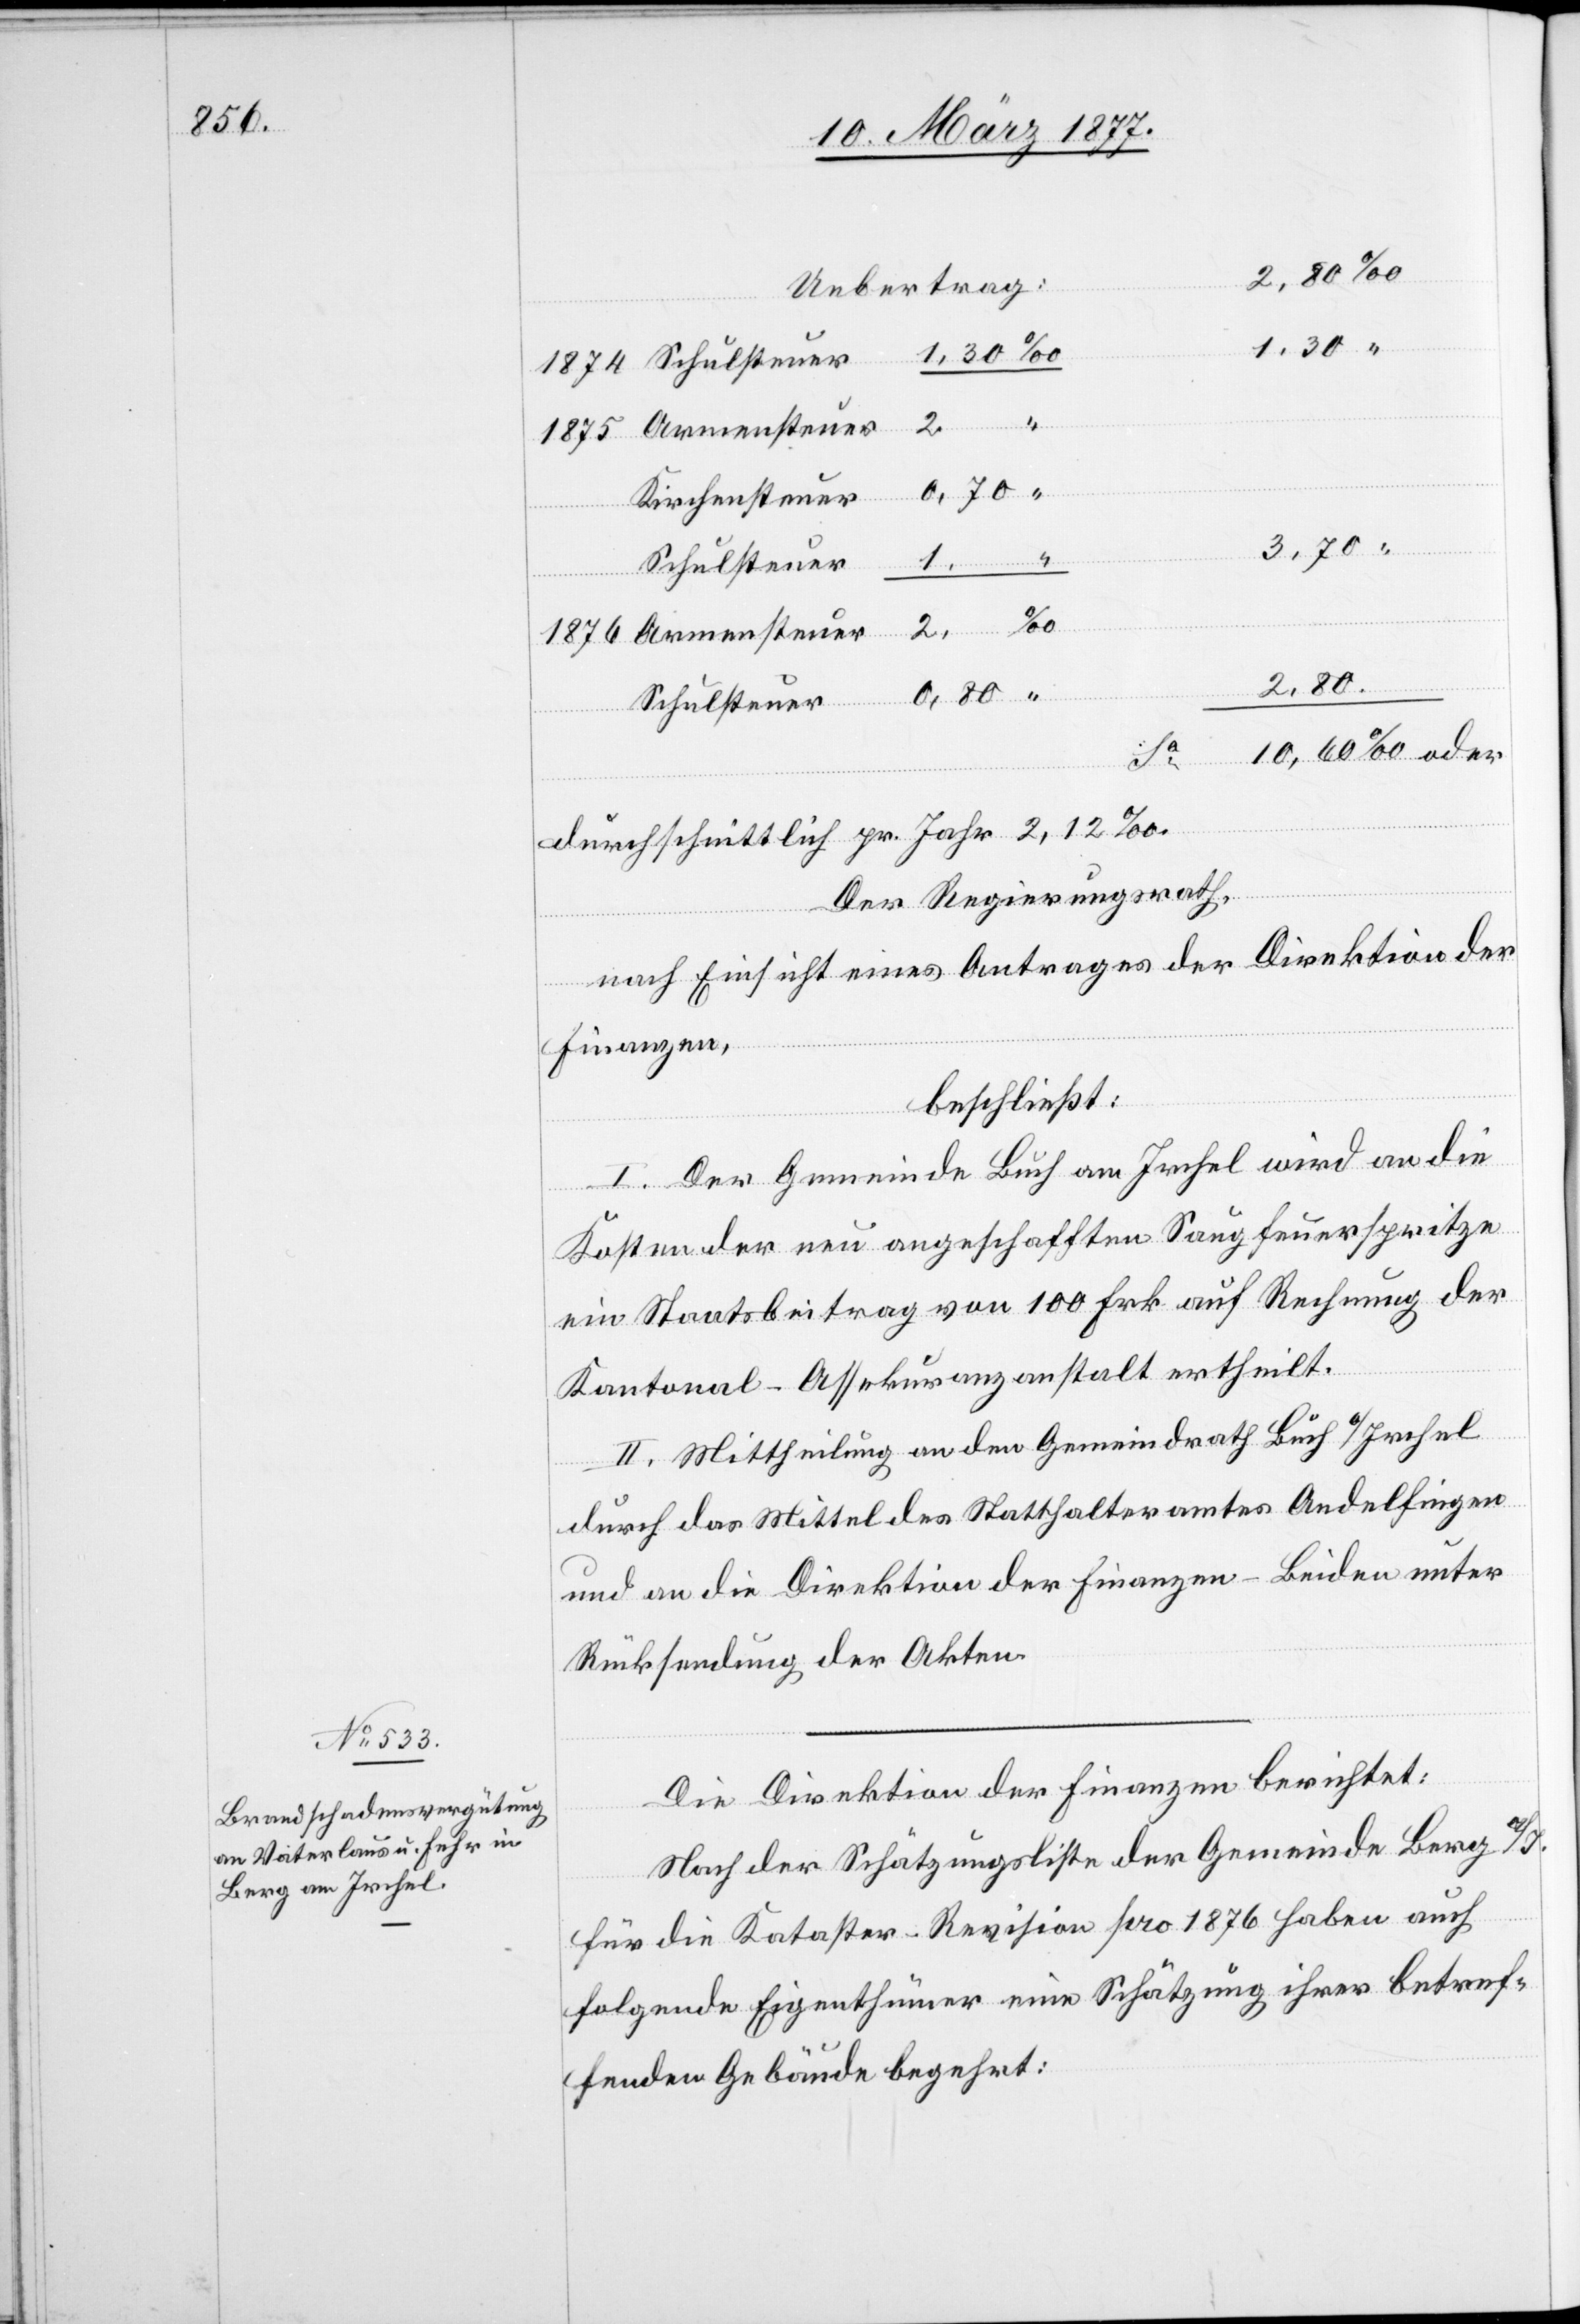
1874

2,80
oder
1,30
Kirchensteuer
“
2
Schulsteuer
durchschnittlich pr. Jahr 2,12‰.
Der Regierungsrath,
nach Einsicht eines Antrages der Direktion der
Finanzen,
beschließt:
I. Der Gemeinde Buch am Irchel wird an die
2
Kosten der neu angeschafften Saugfeuerspritze
ein Staatsbeitrag von 100 Frk. auf Rechnung der
Kantonal-Assekuranzanstalt ertheilt.
II. Mittheilung an den Gemeindrath Buch a/Irchel
durch das Mittel des Statthalteramtes Andelfingen
und an die Direktion der Finanzen – Beiden unter
Rücksendung der Akten.
Die Direktion der Finanzen berichtet:
Nach der Schätzungsliste der Gemeinde Berg a/I.
für die Kataster-Revision pro 1876 haben auch
folgende Eigenthümer eine Schätzung ihrer betref¬
fenden Gebäude begehrt: